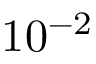
1 0 ^ { - 2 }